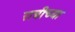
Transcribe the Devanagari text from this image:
रात्रीच्या